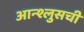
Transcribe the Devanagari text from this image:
आन्श्लुसची